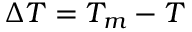
\Delta T = T _ { m } - T